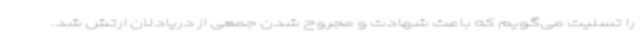
را تسلیت می‌گویم که باعث شهادت و مجروح شدن جمعی از دریادلان ارتش شد.